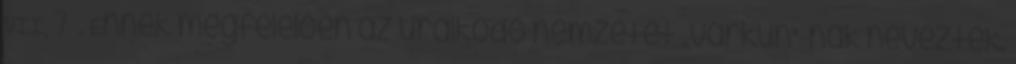
VII, 7 . Ennek megfelelően az uralkodó nemzetet „várkun"-nak nevezték.